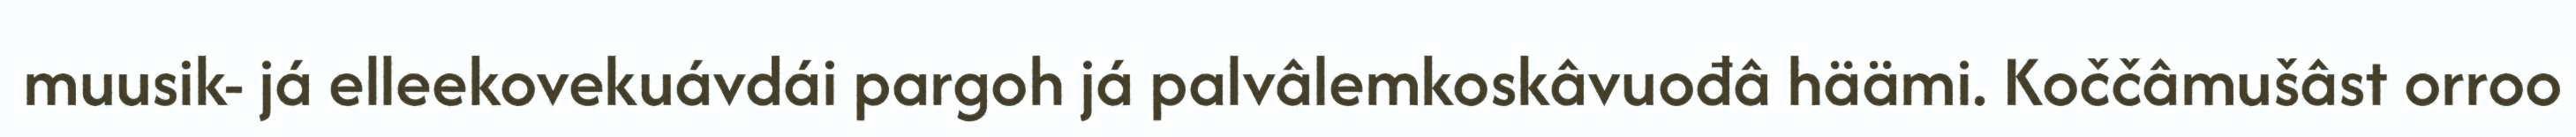
muusik- já elleekovekuávdái pargoh já palvâlemkoskâvuođâ häämi. Koččâmušâst orroo